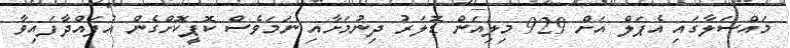
މައްސަލާގައި އެޕަލް އަށް 929 މިލިއަން ޑޮލަރު ދިނުމަށާއި ނަމަވެސް ކޮޕީކޮށްގެން އުފައްދާފައިވާ